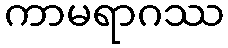
ကာမရာဂဿ